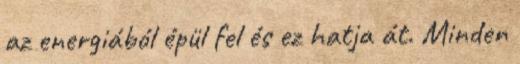
az energiából épül fel és ez hatja át. Minden